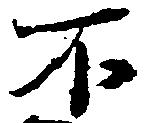
不